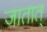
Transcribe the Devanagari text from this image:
जातात्